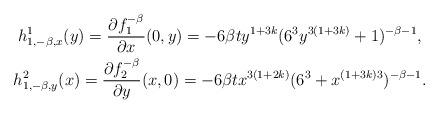
LaTeX: \begin{gather*}h^1_{1,-\beta,x}(y)=\frac{\partial f_1^{-\beta}}{\partial x}(0,y)=-6\beta ty^{1+3k}(6^3y^{3(1+3k)}+1)^{-\beta-1},\\h^2_{1,-\beta,y}(x)=\frac{\partial f_2^{-\beta}}{\partial y}(x,0)=-6\beta tx^{3(1+2k)}(6^3+x^{(1+3k)3})^{-\beta-1}.\end{gather*}